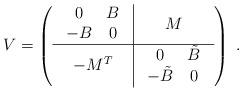
LaTeX: \begin{align*}V=\left(\begin{array}{c|c}\begin{array}{cc}0 & B \\-B & 0 \\\end{array} & M \\ \hline- M^T & \begin{array}{cc}0 & \tilde B \\-\tilde B & 0 \\\end{array}\end{array}\right)\;.\end{align*}